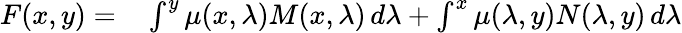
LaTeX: \begin{array}{rl}{F(x,y)=}&{{}\int^{y}\mu(x,\lambda)M(x,\lambda)\, d\lambda+\int^{x}\mu(\lambda,y)N(\lambda,y)\, d\lambda}\end{array}